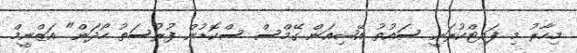
މިހާރު މި ފައިޓްކުރަނީ ސައުތު އޭޝިއަން ގޭމްސް ސްކޮޑުން ފުރުސަތު ހޯދަން" އަޒްނީމް